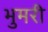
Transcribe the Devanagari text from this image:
भुमरी